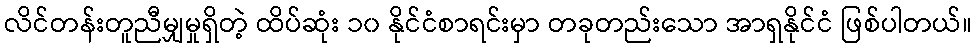
လိင်တန်းတူညီမျှမှုရှိတဲ့ ထိပ်ဆုံး ၁၀ နိုင်ငံစာရင်းမှာ တခုတည်းသော အာရှနိုင်ငံ ဖြစ်ပါတယ်။